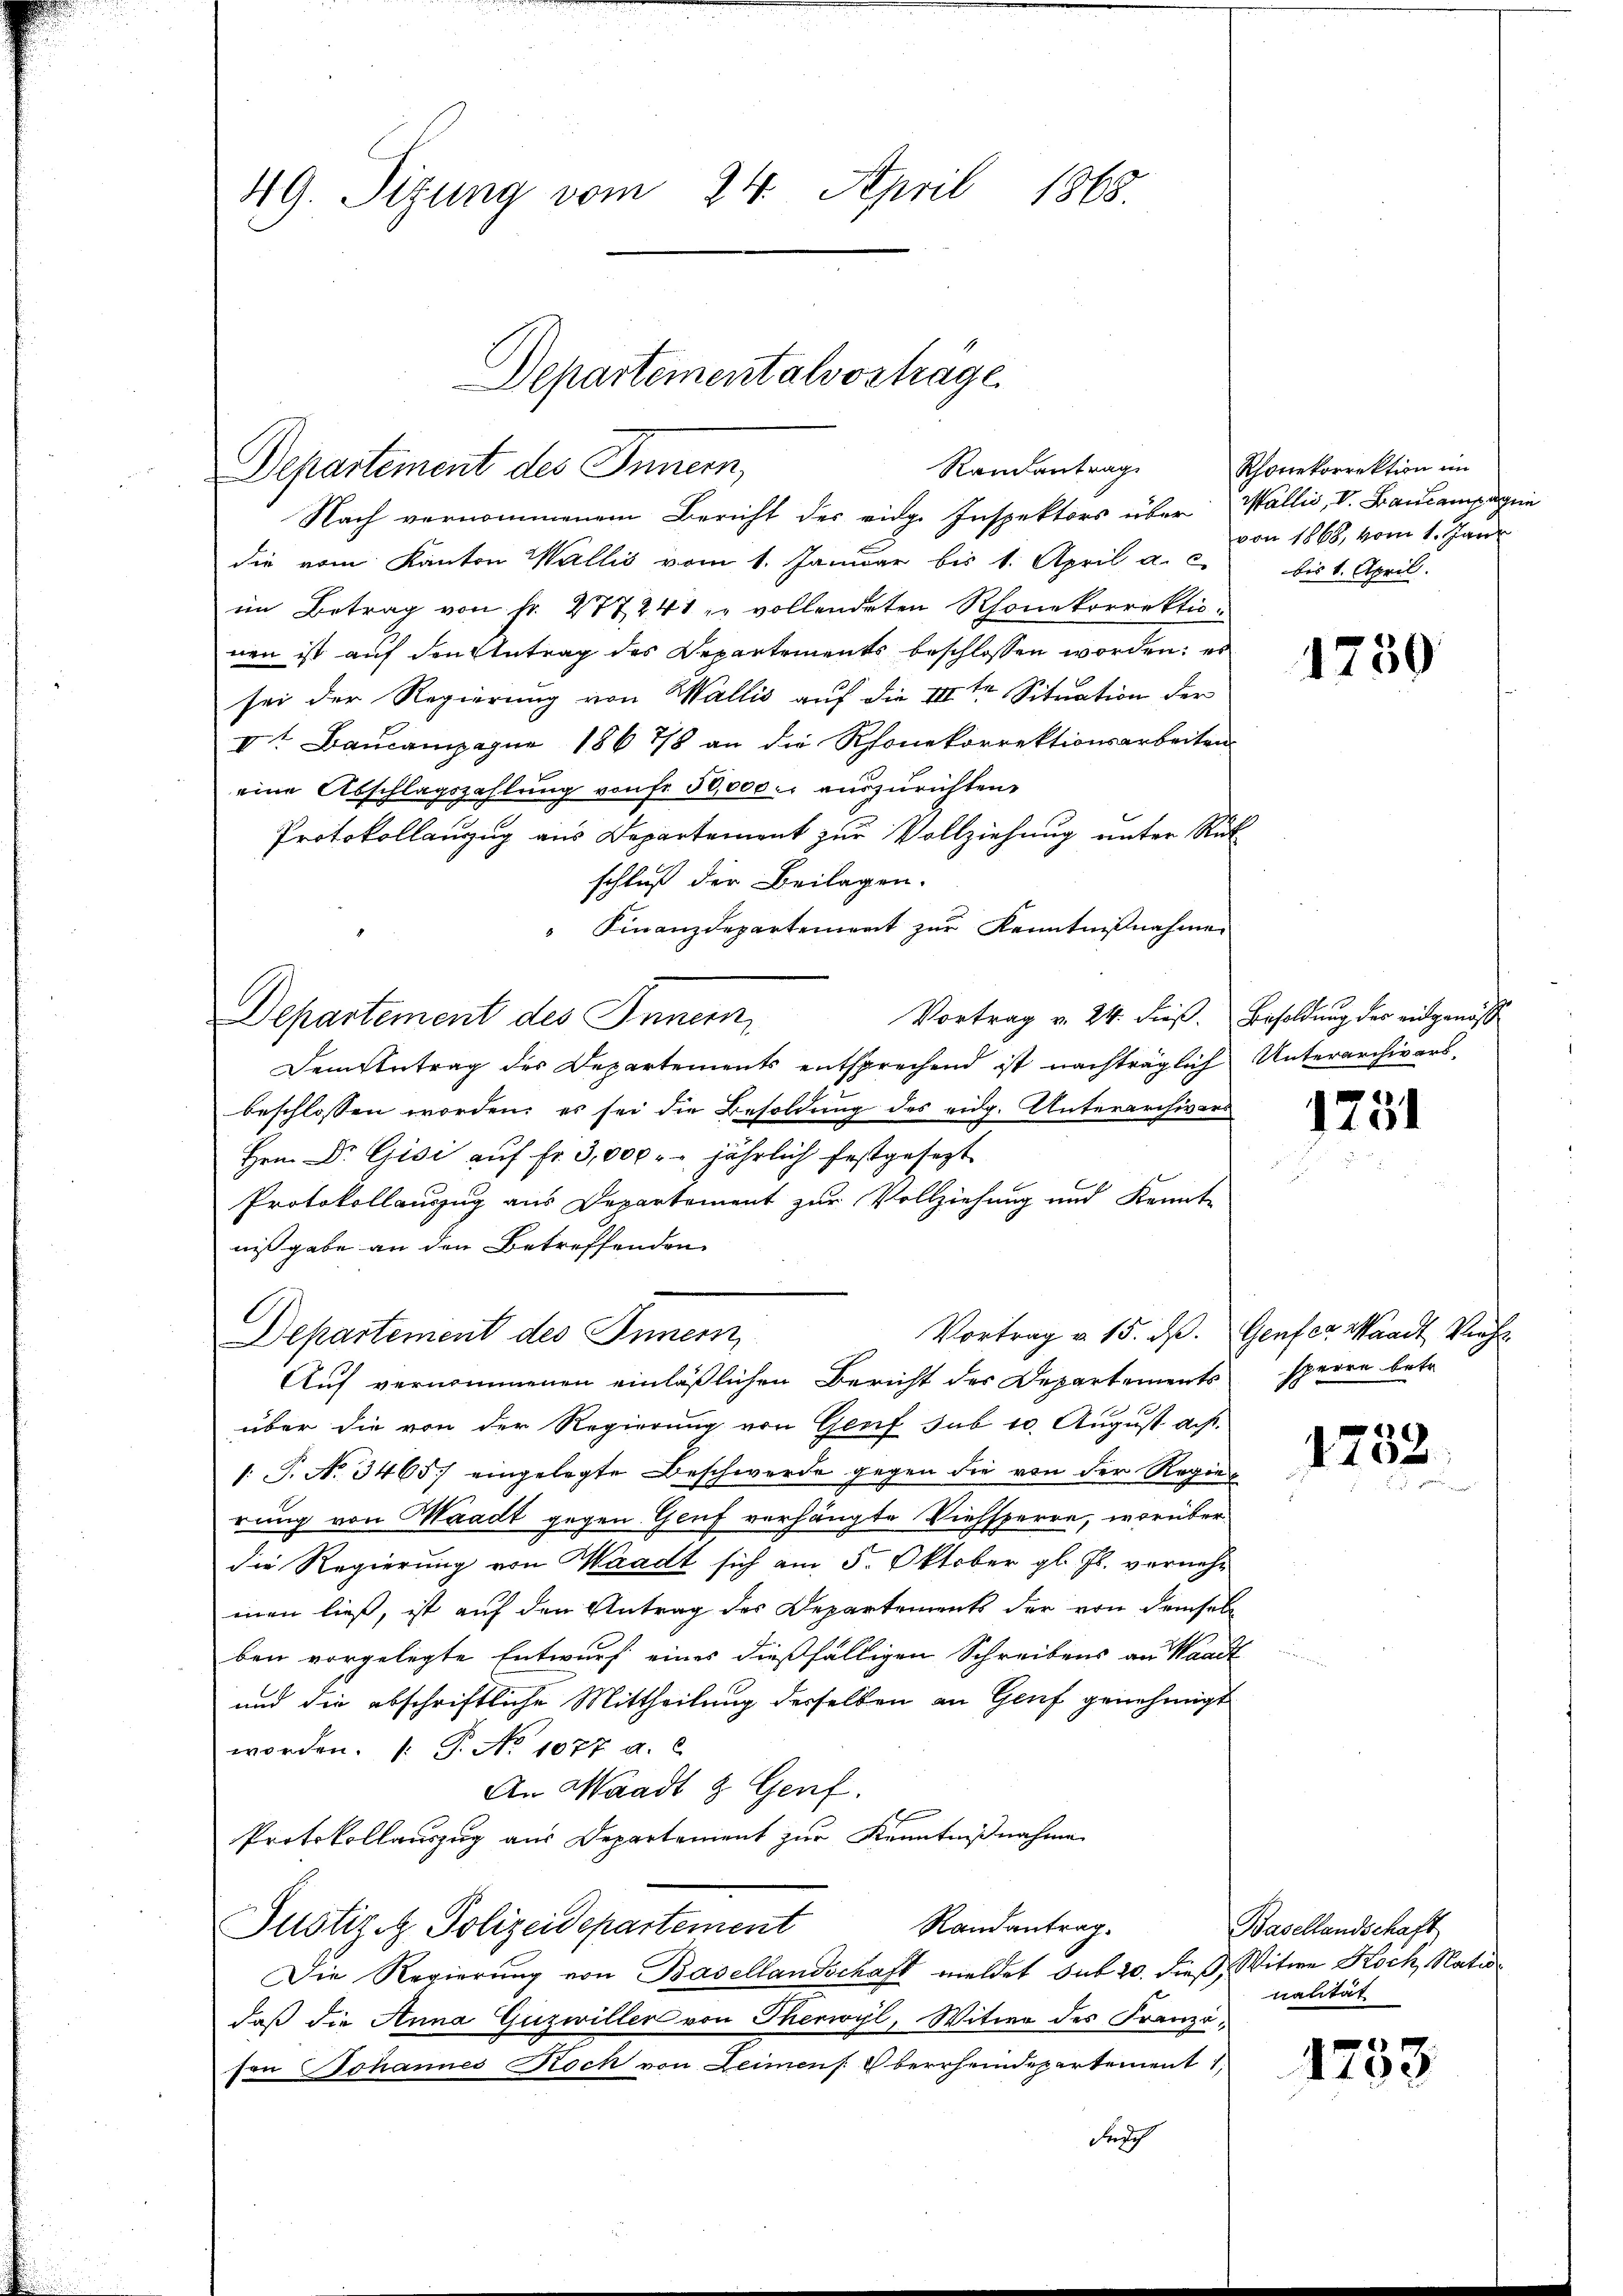
49. Sitzung vom 24. April 1865.

Departementalvorträge
Randantrag
Departement des Innern,

Nach vernommenem Bericht des eidge Inspektors über Wallis, V. Baucampagni
die vom Kanton Wallis vom 1. Januar bis 1. April a. c. bis 1. April.
im Betrag von Fr. 277241 zu vollendeten Rhonekorrektio
nen ist auf den Antrag des Departements beschlossen worden; es
sei der Regierung von Wallis auf die IIte Situation der
Vt Baucampagne 186 7/8 an die Rhonekorrektionsarbeiten.
eine Abschlagszahlung von fr. 50,000. auszurichten,
Protokollanzug aus Departement zur Vollziehung unter Rück
schluß der Beilagen.
Finanzdepartement zur Kenntnißnahme
Vortrag v. 24. dieß. Besoldung der eidgenöss
Departement des Innern,
Dem Antrag des Departements entsprechend ist nachträglich Unterarchivarsbeschlossen worden; es sei die Besoldung des eidg. Unterarchivers
Hrn. Dr. Gisi auf fr. 3,000. jährlich festgesezt
Protokollauszug aus Departement zur Vollziehung und Kennt-
nißgabe an den Betreffenden
Vortrag u. 15. d. Genfer Waadt, Vieh
Departement des Innern,
Auf vernommenen einläßlichen Bericht der Departements sperre betr.
1
über die von der Regierung von Greif sub 10. August aus.
: P. N. 3465 eingelegte Beschwerde gegen die von der Regierung von Waadt gegen Genf verhängte Viehsperre, worüber
die Regierung von Waadt sich am 5. Oktober gl. Js. vornehmen ließ, ist auf den Antrag des Departements der von demselb
ben vorgelegte Entwurf eines dießfälligen Schreibens an Waadt
und die abschriftliche Mittheilung derselben an Genf genehmigt
worden. (T. No 1077 a. c
An Waadt & Genf.
Protokollauszug aus Departement zur Kenntnißnahme
Randantrag.
Justiz & Polizeidepartement
Die Regierung von Basellandschaft meldet sub 20. dieß, Witwe Koch, Natio
daß die Anna Guzwiller von Therwyl, Witwe des Franzöfon Johannes Rock von Leimens Oberrheindepartement 1
Fruch

l

Rhonekorrektion im
von 1868, vom 1. Jani

1730

1751

1752

Basellandschaft
nalität

1105